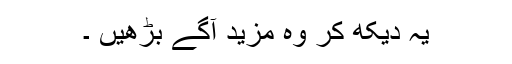
یہ دیکھ کر وہ مزید آگے بڑھیں ۔